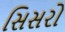
સિસરો